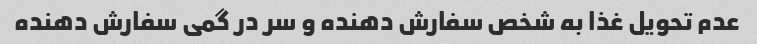
عدم تحویل غذا به شخص سفارش دهنده و سر در گمی سفارش دهنده